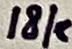
Text: 18k